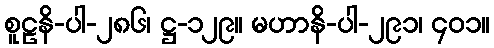
စူဠနိ-ပါ-၂၈၆၊ ဋ္ဌ-၁၂၉။ မဟာနိ-ပါ-၂၉၁၊ ၄၀၁။